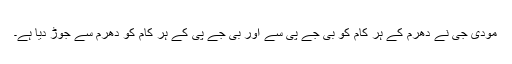
مودی جی نے دھرم کے ہر کام کو بی جے پی سے اور بی جے پی کے ہر کام کو دھرم سے جوڑ دیا ہے۔